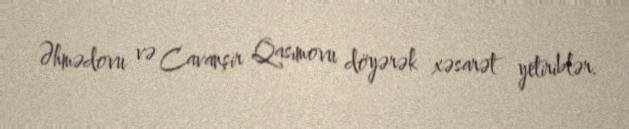
Əhmədovu və Cavanşir Qasımovu döyərək xəsarət yetiriblər.